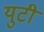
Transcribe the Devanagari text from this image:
युटी